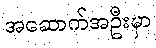
အဆောက်အဦးမှာ